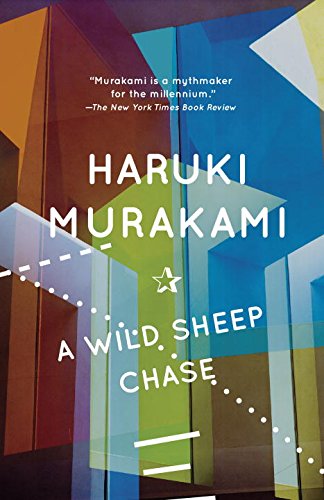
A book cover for A Wild Sheep Chase: A Novel; Haruki Murakami; Mystery, Thriller & Suspense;